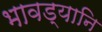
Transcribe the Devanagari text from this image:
भावड्यानि